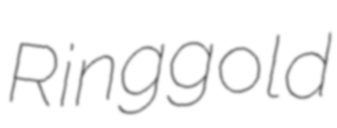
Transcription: Ringgold